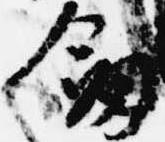
剣